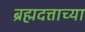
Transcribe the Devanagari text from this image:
ब्रह्मदत्ताच्या